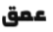
عمق